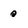
Character: 0